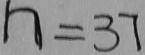
n = 3 7